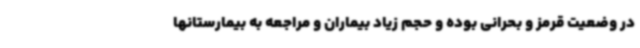
در وضعیت قرمز و بحرانی بوده و حجم زیاد بیماران و مراجعه به بیمارستانها